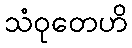
သံဝုတေဟိ